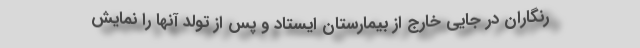
رنگاران در جایی خارج از بیمارستان ایستاد و پس از تولد آنها را نمایش